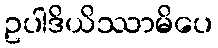
ဥပါဒိယိဿာမိပေ